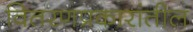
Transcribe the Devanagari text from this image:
वितरणप्रकारांतील